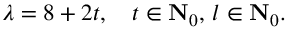
\lambda = 8 + 2 t , \quad t \in { \bf { N } } _ { 0 } , \, l \in { \bf { N } } _ { 0 } .